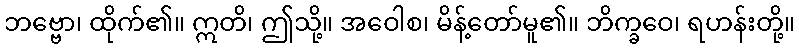
ဘဗ္ဗော၊ ထိုက်၏။ ဣတိ၊ ဤသို့။ အဝေါစ၊ မိန့်တော်မူ၏။ ဘိက္ခဝေ၊ ရဟန်းတို့။